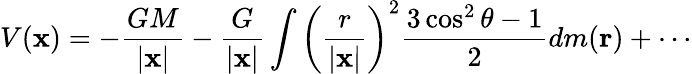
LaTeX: V(\mathbf{x})=-{\frac{GM}{|\mathbf{x}|}}-{\frac{G}{|\mathbf{x}|}}\int\left({\frac{r}{|\mathbf{x}|}}\right)^{2}{\frac{3\cos^{2}\theta-1}{2}}dm(\mathbf{r})+\cdots